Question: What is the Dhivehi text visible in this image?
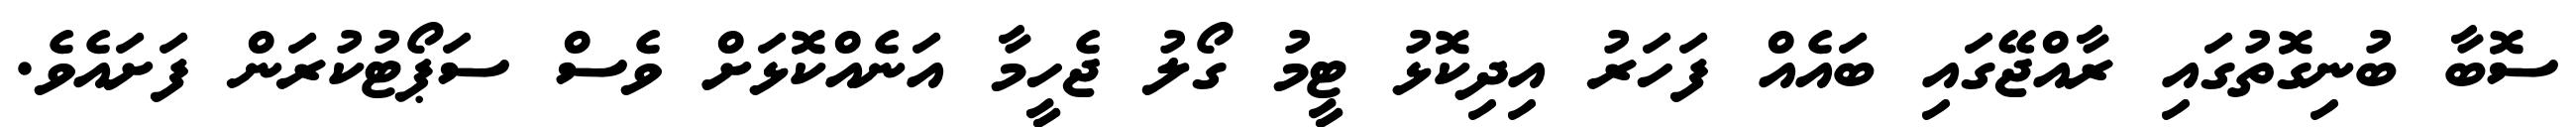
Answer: ސޮބާ ބުނިގޮތުގައި ރާއްޖޭގައި ބައެއް ފަހަރު އިދިކޮޅު ޓީމު ގޯލު ޖެހީމާ އަނެއްކޮޅަށް ވެސް ސަޕޯޓުކުރަން ފަށައެވެ.